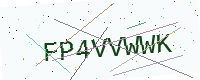
Text: FP4VVWWK